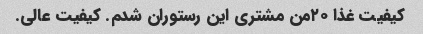
کیفیت غذا ۲۰من مشتری این رستوران شدم. کیفیت عالی.